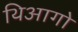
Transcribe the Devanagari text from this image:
थिआगो